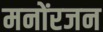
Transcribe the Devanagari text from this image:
मनोंरजन